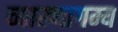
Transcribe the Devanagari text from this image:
व्याख्यागम्य